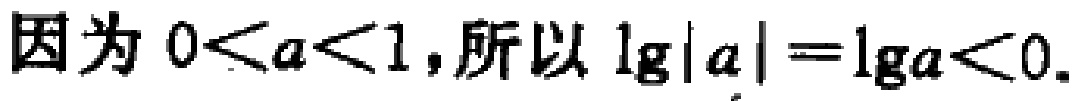
因为 \(0 < a < 1\)，所以 \(\lg|a|=\lg a < 0\).